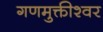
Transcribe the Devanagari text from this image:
गणमुक्तीश्वर